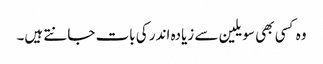
وہ کسی بھی سویلین سے زیادہ اندر کی بات جانتے ہیں۔